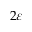
2 \varepsilon